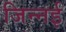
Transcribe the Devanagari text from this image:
जिन्नई